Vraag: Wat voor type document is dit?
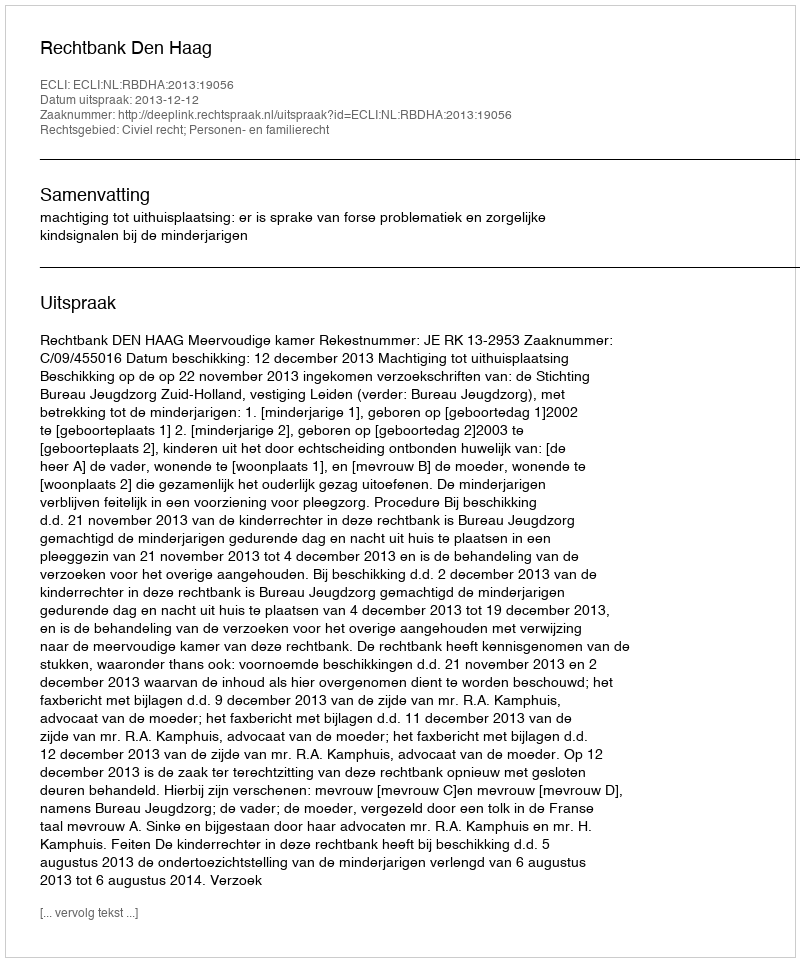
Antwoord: Uitspraak